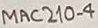
Text: MAC210-4